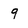
Character: 9